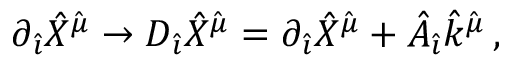
\partial _ { \hat { \imath } } { \hat { X } } ^ { \hat { \mu } } \rightarrow D _ { \hat { \imath } } { \hat { X } } ^ { \hat { \mu } } = \partial _ { \hat { \imath } } { \hat { X } } ^ { \hat { \mu } } + { \hat { A } } _ { \hat { \imath } } { \hat { k } } ^ { \hat { \mu } } \, ,